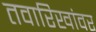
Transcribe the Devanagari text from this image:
तवारिखांवर